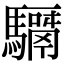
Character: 𩦣